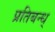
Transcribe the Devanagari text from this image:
प्रतिबन्ध्